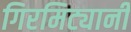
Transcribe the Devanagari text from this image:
गिरमिट्यानी